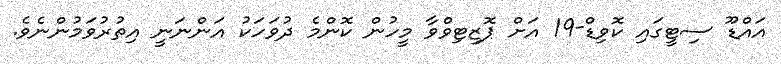
އައްޑޫ ސިޓީގައި ކޮވިޑް-19 އަށް ޕޮޒިޓިވްވާ މީހުން ކޮންމެ ދުވަހަކު އަންނަނީ އިތުރުވަމުންނެވެ.